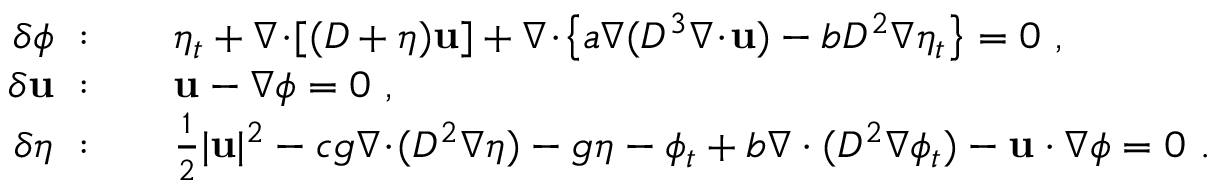
\begin{array} { r l } { \delta \phi ~ : } & { { } \quad \eta _ { t } + \nabla \! \cdot \! [ ( D + \eta ) \mathbf { u } ] + \nabla \! \cdot \! \left\{ a \nabla ( D ^ { 3 } \nabla \! \cdot \! \mathbf { u } ) - b D ^ { 2 } \nabla \eta _ { t } \right\} = 0 \ , } \\ { \delta \mathbf { u } ~ : } & { { } \quad \mathbf { u } - \nabla \phi = 0 \ , } \\ { \delta \eta ~ : } & { { } \quad \frac { 1 } { 2 } | \mathbf { u } | ^ { 2 } - c g \nabla \! \cdot \! ( D ^ { 2 } \nabla \eta ) - g \eta - \phi _ { t } + b \nabla \cdot ( D ^ { 2 } \nabla \phi _ { t } ) - \mathbf { u } \cdot \nabla \phi = 0 \ . } \end{array}